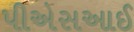
પીએસઆઈ